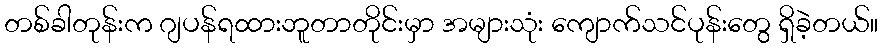
တစ်ခါတုန်းက ဂျပန်ရထားဘူတာတိုင်းမှာ အများသုံး ကျောက်သင်ပုန်းတွေ ရှိခဲ့တယ်။